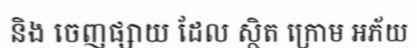
និង ចេញផ្សាយ ដែល ស្ថិត ក្រោម អភ័យ